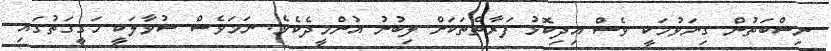
ނިސްބަތުން ގިނަވުމަކީ ވެސް އިދިކޮޅު ފަރާތްތަކަށް ލިބުނު އުންމީދެކެވެ. ނަމަވެސް ސުވާލަކީ ހަގީގަތުގައި